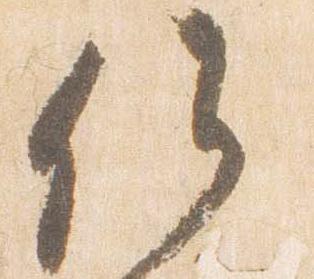
候